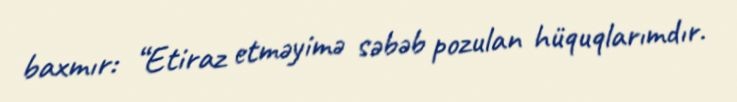
baxmır: “Etiraz etməyimə səbəb pozulan hüquqlarımdır.